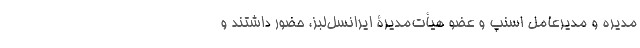
‌مدیره و مدیرعامل اسنپ و عضو هیأت‌مدیرۀ ایرانسل‌لبز، حضور داشتند و